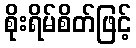
စိုးရိမ်စိတ်ဖြင့်